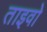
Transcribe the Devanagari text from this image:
ताइवो